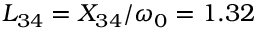
L _ { 3 4 } = X _ { 3 4 } / \omega _ { 0 } = 1 . 3 2